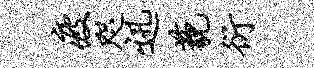
疲咫迅藐衍